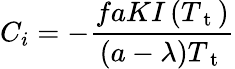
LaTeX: C_{i}=-\frac{faKI\left(T_{\mathrm{~t~}}\right)}{(a-\lambda)T_{\mathrm{~t~}}}